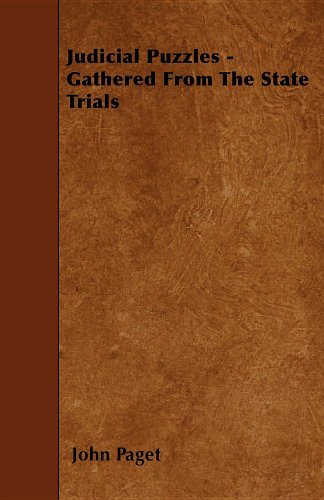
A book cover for Judicial Puzzles - Gathered From The State Trials; John Paget; Law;